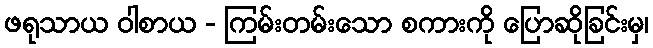
ဖရုသာယ ဝါစာယ - ကြမ်းတမ်းသော စကားကို ပြောဆိုခြင်းမှ၊